Jaan_Tonisson_(Lasteleht), lk 37
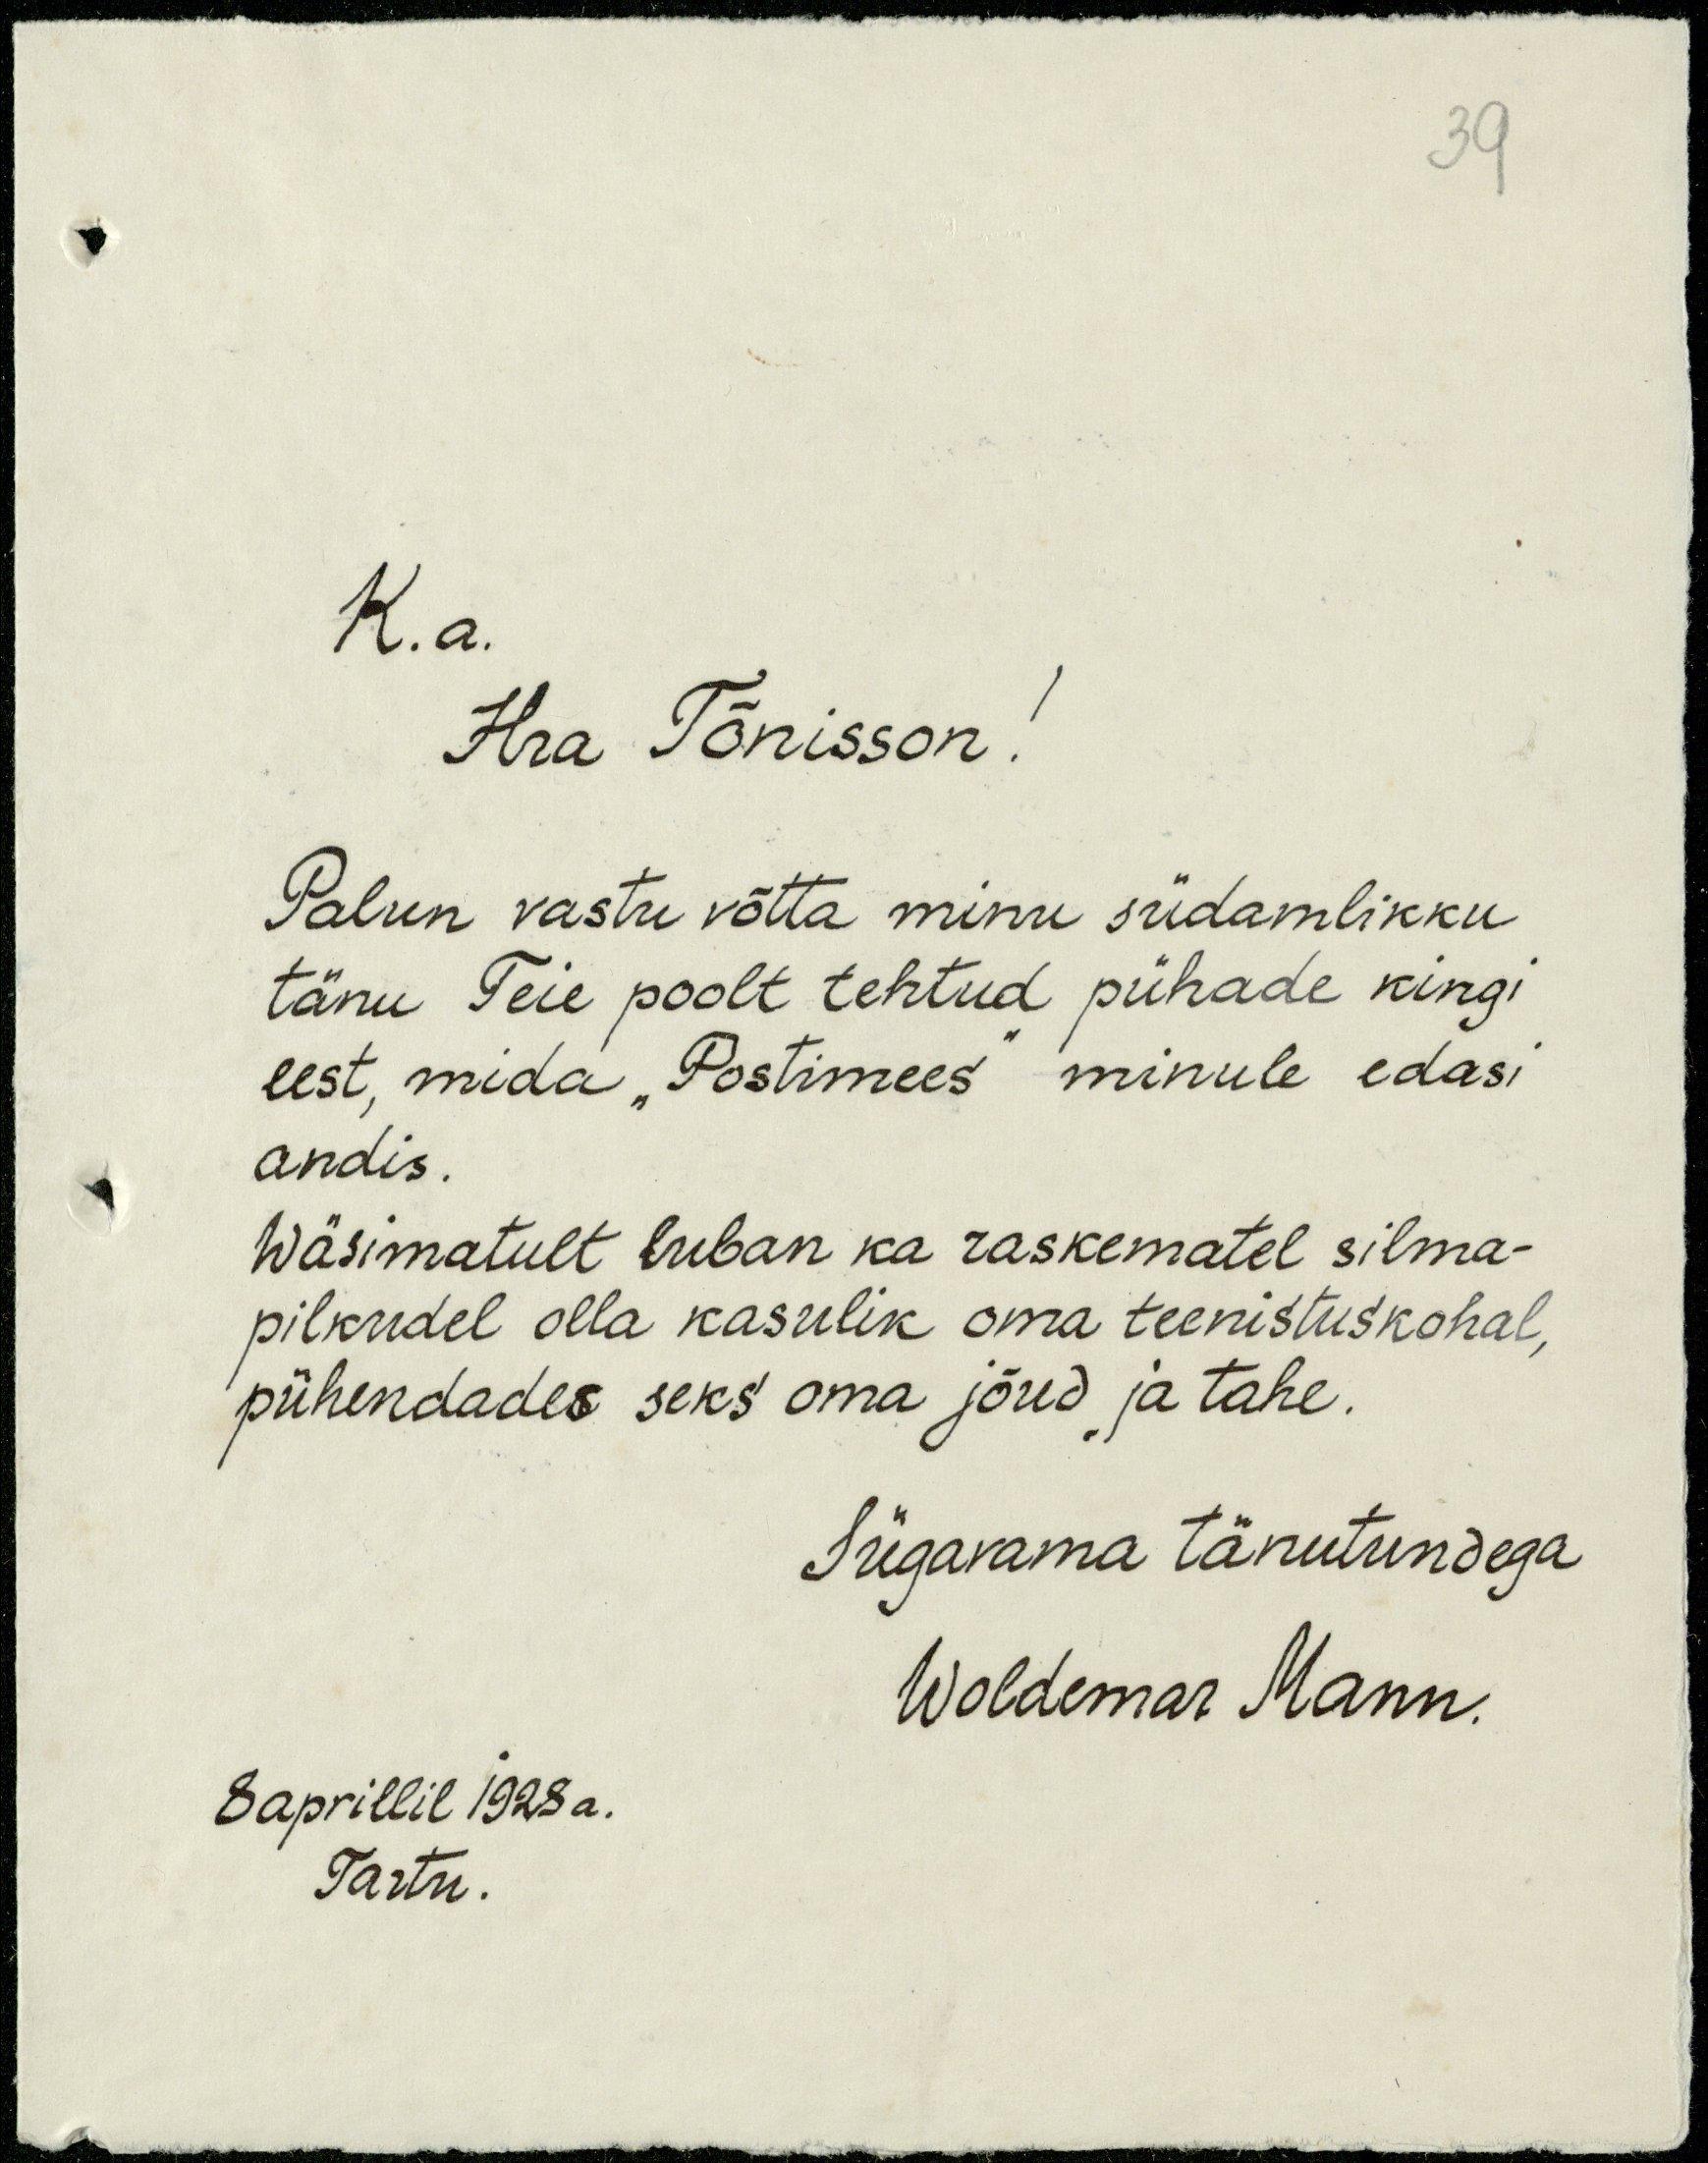
39
K. a.
Hra Tõnisson!
Palun vastu võtta minu südamlikku
tänu Teie poolt tehtud pühade kingi
eest, mida "Postimees" minule edasi
andis.
Wäsimatult luban ka raskematel silma-
pilkudel olla kasulik oma teenistuskohal,
pühendades seks oma jõud ja tahe.
Sügavama tänutundega
Woldemar Mann.
8 aprillil 1928 a.
Tartu.